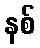
နစ်